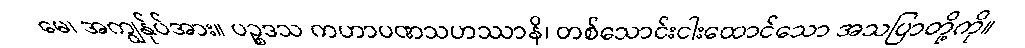
မေ၊ အကျွန်ုပ်အား။ ပဉ္စဒသ ကဟာပဏသဟဿာနိ၊ တစ်သောင်းငါးထောင်သော အသပြာတို့ကို။